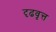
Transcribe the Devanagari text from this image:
दृढवृत्त